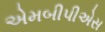
એમબીપીએસ